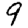
Digit: 9